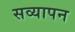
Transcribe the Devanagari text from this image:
सव्यापन